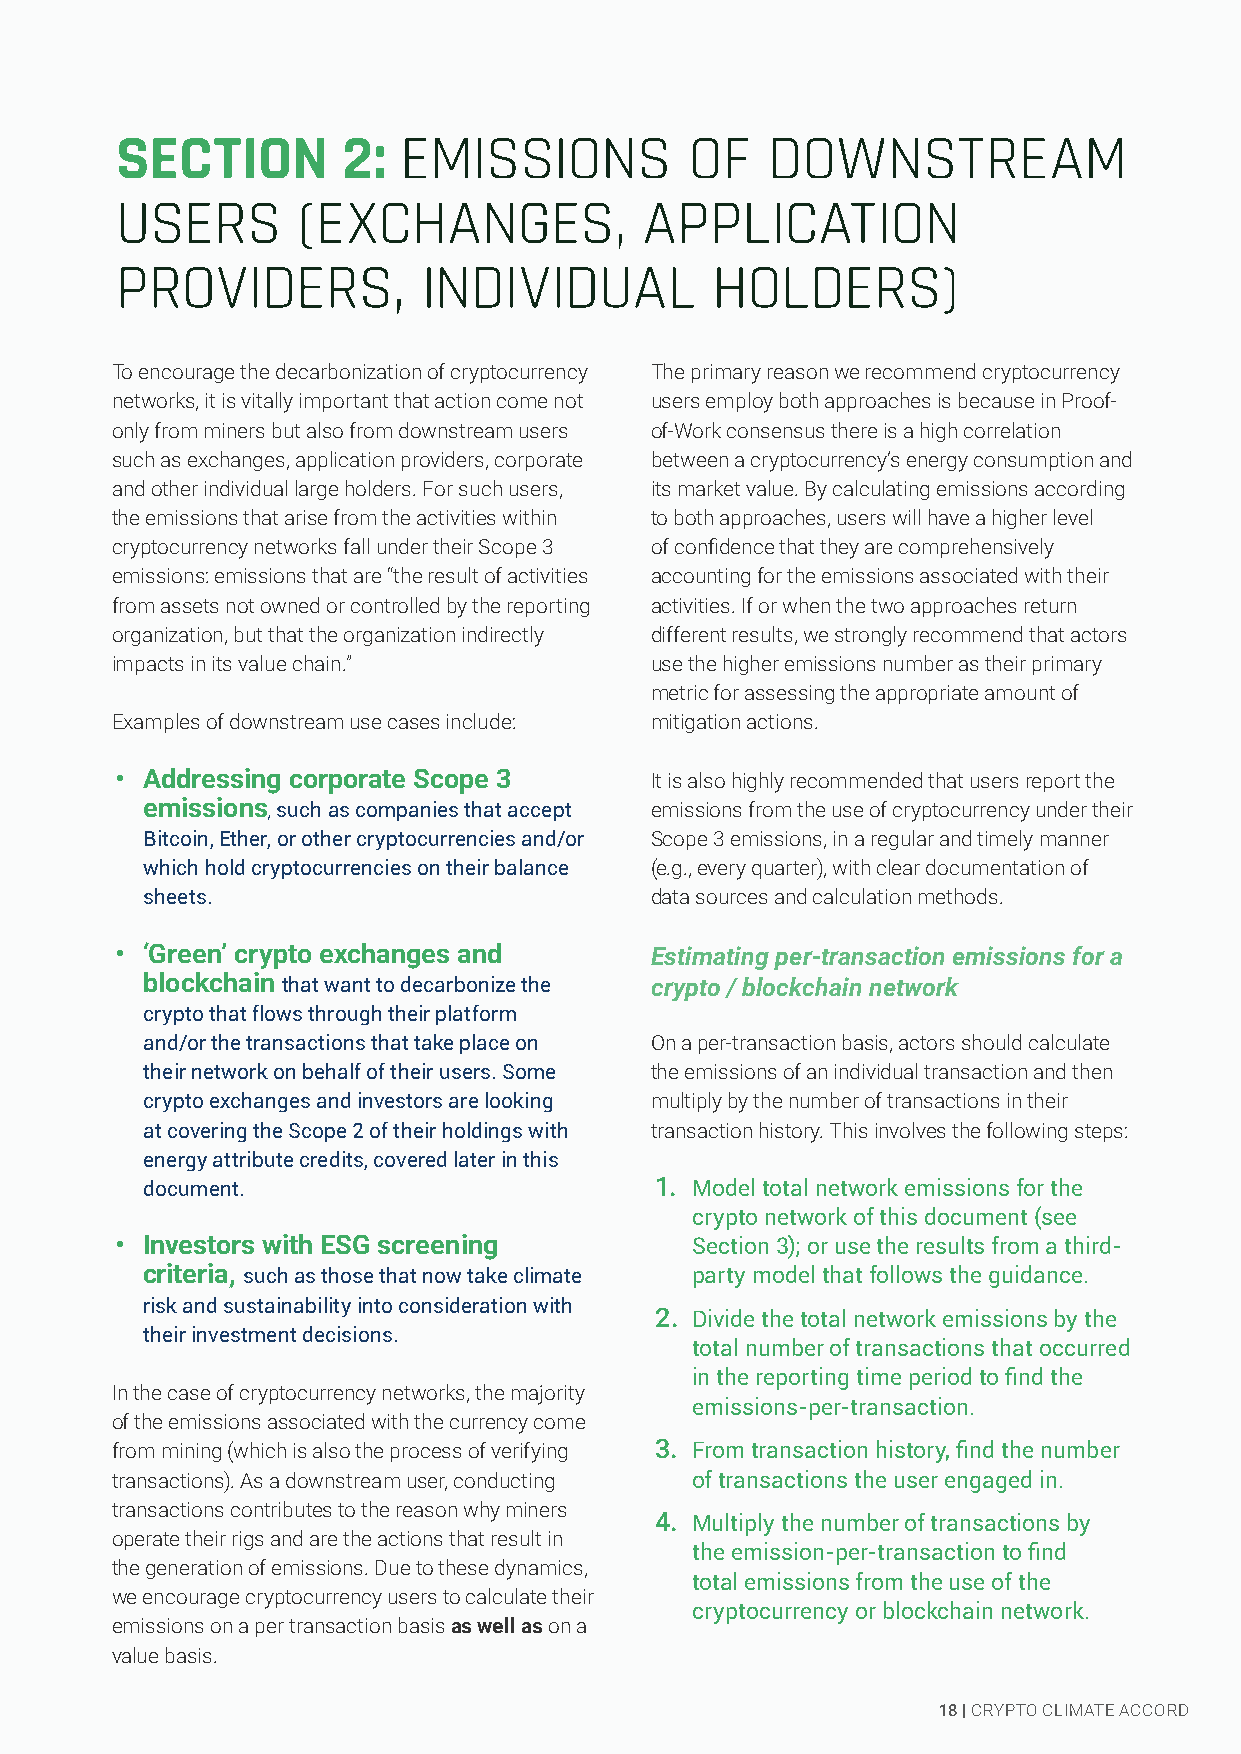
SECTION        2: EMISSIONS           OF   DOWNSTREAM
 USERS       (EXCHANGES,            APPLICATION
 PROVIDERS,          INDIVIDUAL         HOLDERS)
 To encourage the decarbonization of cryptocurrency The primary reason we recommend cryptocurrency
 networks, it is vitally important that action come not users employ both approaches is because in Proof-
 only from miners but also from downstream users of-Work consensus there is a high correlation
 such as exchanges, application providers, corporate between a cryptocurrency’s energy consumption and
 and other individual large holders. For such users, its market value. By calculating emissions according
 the emissions that arise from the activities within to both approaches, users will have a higher level
 cryptocurrency networks fall under their Scope 3 of confidence that they are comprehensively
 emissions: emissions that are “the result of activities accounting for the emissions associated with their
 from assets not owned or controlled by the reporting activities. If or when the two approaches return
 organization, but that the organization indirectly different results, we strongly recommend that actors
 impacts in its value chain.”        use the higher emissions number as their primary
 metric for assessing the appropriate amount of
 0Examples     of downstream u2se cases include: mitigation actions.
 • Addressing corporate Scope 3     It is also highly recommended that users report the
 emissions, such as companies that accept emissions from the use of cryptocurrency under their
 Bitcoin, Ether, or other cryptocurrencies and/or Scope 3 emissions, in a regular and timely manner
 which hold cryptocurrencies on their balance (e.g., every quarter), with clear documentation of
 sheets.                           data sources and calculation methods.
 • ‘Green’ crypto exchanges and     Estimating per-transaction emissions for a
 blockchain that want to decarbonize the crypto / blockchain network
 crypto that flows through their platform
 and/or the transactions that take place on On a per-transaction basis, actors should calculate
 their network on behalf of their users. Some the emissions of an individual transaction and then
 crypto exchanges and investors are looking multiply by the number of transactions in their
 at covering the Scope 2 of their holdings with transaction history. This involves the following steps:
 energy attribute credits, covered later in this
 document.                         1. Model total network emissions for the
 crypto network of this document (see
 • Investors with ESG screening        Section 3); or use the results from a third-
 criteria, such as those that now take climate party model that follows the guidance.
 risk and sustainability into consideration with
 2. Divide the total network emissions by the
 their investment decisions.
 total number of transactions that occurred
 in the reporting time period to find the
 In the case of cryptocurrency networks, the majority
 emissions-per-transaction.
 of the emissions associated with the currency come
 from mining (which is also the process of verifying 3. From transaction history, find the number
 transactions). As a downstream user, conducting of transactions the user engaged in.
 transactions contributes to the reason why miners
 4. Multiply the number of transactions by
 operate their rigs and are the actions that result in
 the emission-per-transaction to find
 the generation of emissions. Due to these dynamics,
 total emissions from the use of the
 we encourage cryptocurrency users to calculate their
 cryptocurrency or blockchain network.
 emissions on a per transaction basis as well as on a
 value basis.
 18 | CRYPTO CLIMATE ACCORD